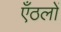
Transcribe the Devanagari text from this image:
एँठलों